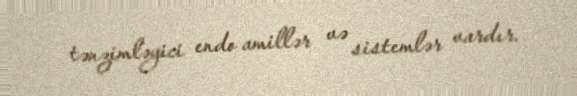
tənzimləyici endo amillər və sistemlər vardır.